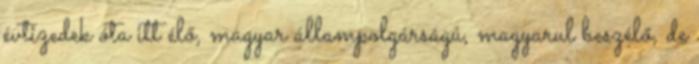
évtizedek óta itt élő, magyar állampolgárságú, magyarul beszélő, de